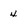
Character: 4